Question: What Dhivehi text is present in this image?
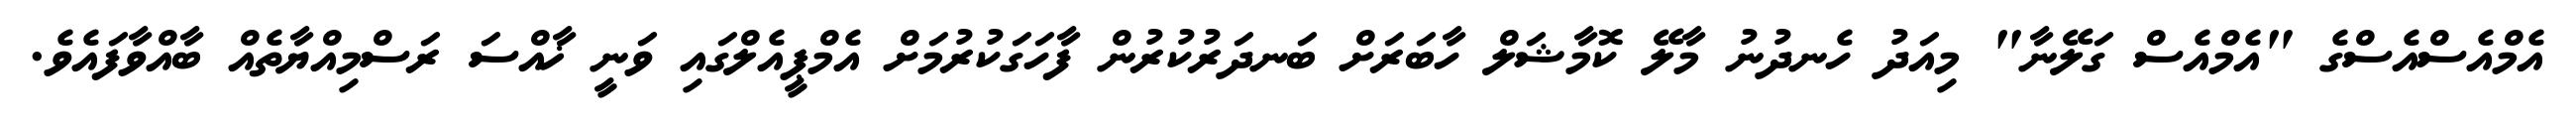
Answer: އެމްއެސްއެސްގެ "އެމްއެސް ގަލޭނާ" މިއަދު ހެނދުނު މާލޭ ކޮމާޝަލް ހާބަރަށް ބަނދަރުކުރުން ފާހަގަކުރުމަށް އެމްޕީއެލްގައި ވަނީ ޚާއްސަ ރަސްމިއްޔާތެއް ބާއްވާފައެވެ.